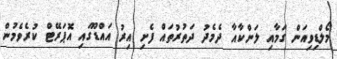
މޯލްޑިވިއަން ގަމާއި ލަންކާއާ ދެމެދު ދަތުރުތައް ފެށި އިރު އައްޑޫގައި އޮޕަރޭޓް ކުރެވެމުން